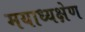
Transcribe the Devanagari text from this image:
मयाध्यक्षेण